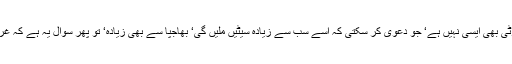
اپوزیشن کی ایک پارٹی بھی ایسی نہیں ہے‘ جو دعویٰ کر سکتی کہ اسے سب سے زیادہ سیٹیں ملیں گی‘ بھاجپا سے بھی زیادہ‘ تو پھر سوال یہ ہے کہ غرور کس بات کا ہے؟